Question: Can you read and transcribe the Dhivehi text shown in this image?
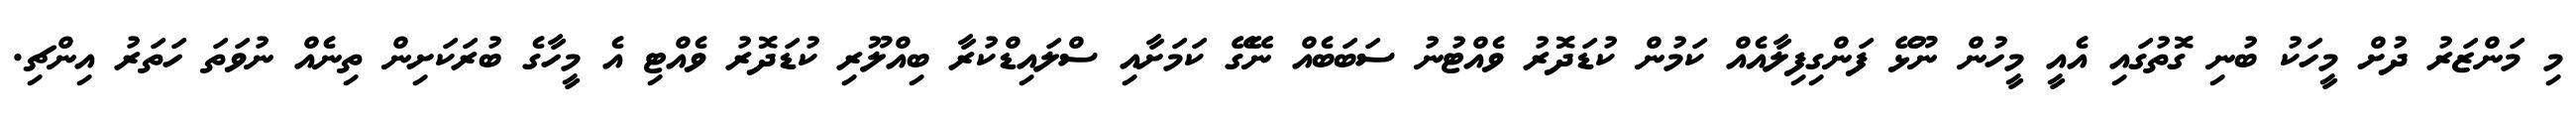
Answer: މި މަންޒަރު ދުށް މީހަކު ބުނި ގޮތުގައި އެއީ މީހުން ނޫޅޭ ފަންގިފިލާއެއް ކަމުން ކުޑަދޮރު ވެއްޓުނު ސަބަބެއް ނޭގޭ ކަމަށާއި ސްލައިޑްކުރާ ބިއްލޫރި ކުޑަދޮރު ވެއްޓި އެ މީހާގެ ބުރަކަށިން ތިނެއް ނުވަތަ ހަތަރު އިންޗި.